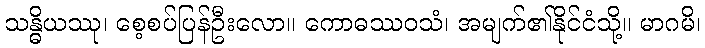
သန္ဓိယဿု၊ စေ့စပ်ပြန်ဦးလော။ ကောဓဿဝသံ၊ အမျက်၏နိုင်ငံသို့။ မာဂမိ၊